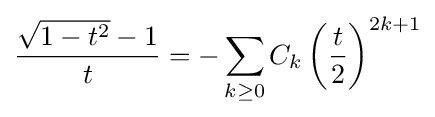
{\frac {{\sqrt {1-t^{2}}}-1}{t}}=-\sum _{k\geq 0}C_{k}\left({\frac {t}{2}}\right)^{2k+1}